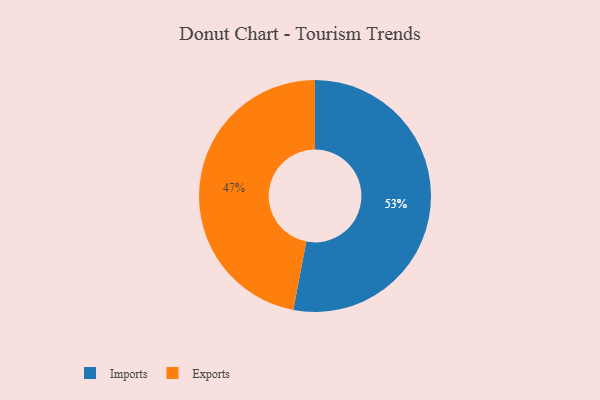
{"axis": {"x": "Category", "y": "Percentage"}, "legend": ["Exports", "Imports"], "data": [{"x": "Imports", "y": 53, "type": "Imports"}, {"x": "Exports", "y": 47, "type": "Exports"}]}